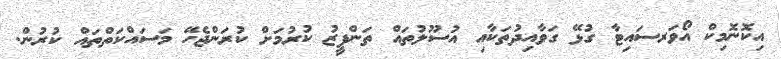
އިކޮނޮމިކް އޯވަރސައިޓާ ގުޅޭ ގަވާއިދުތަކާއި އުސޫލުތައް ތަންފީޒު ކުރުމަށް ކުރަންޖެހޭ މަސައްކަތްތައް ކުރުން.